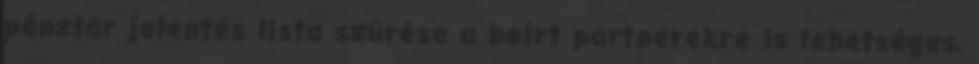
pénztár jelentés lista szűrése a beírt partnerekre is lehetséges,